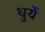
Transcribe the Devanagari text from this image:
धुर्ये